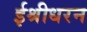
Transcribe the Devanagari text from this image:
ईश्रीधरन